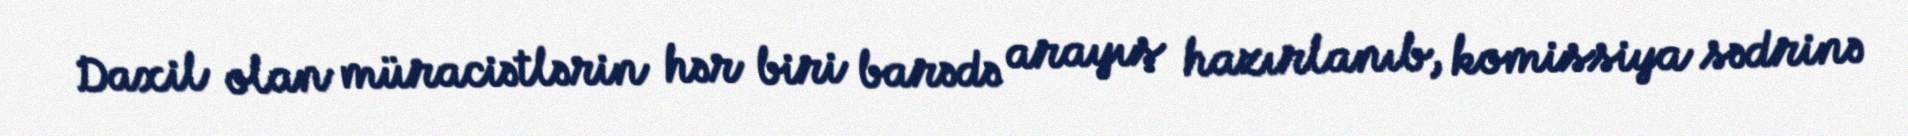
Daxil olan müraciətlərin hər biri barədə arayış hazırlanıb, komissiya sədrinə